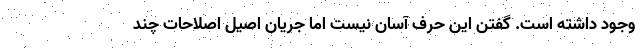
وجود داشته است. گفتن این حرف آسان نیست اما جریان اصیل اصلاحات چند